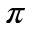
\pi